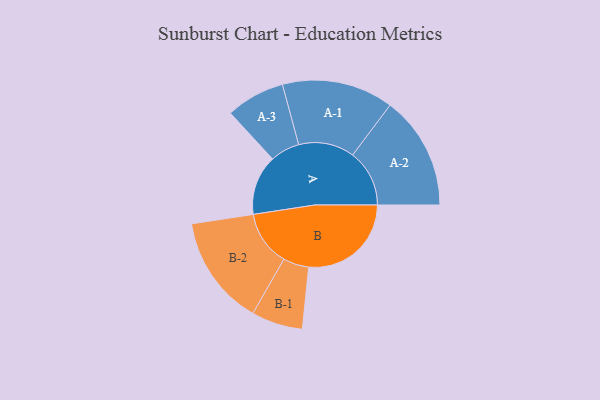
{"axis": {"x": "Segment", "y": "Value"}, "legend": ["", "A", "B"], "data": [{"x": "A", "y": 287, "type": ""}, {"x": "B", "y": 491, "type": ""}, {"x": "A-1", "y": 267, "type": "A"}, {"x": "A-2", "y": 272, "type": "A"}, {"x": "A-3", "y": 141, "type": "A"}, {"x": "B-1", "y": 123, "type": "B"}, {"x": "B-2", "y": 264, "type": "B"}]}